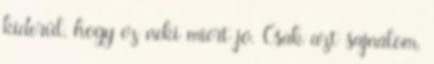
kiderül, hogy ez neki miért jó. Csak azt sajnálom,